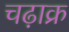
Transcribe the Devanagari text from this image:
चढ़ाक्र